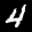
Label: 4